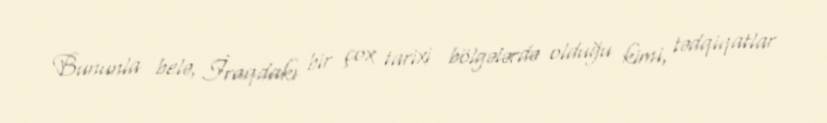
Bununla belə, İraqdakı bir çox tarixi bölgələrdə olduğu kimi, tədqiqatlar